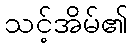
သင့်အိမ်၏